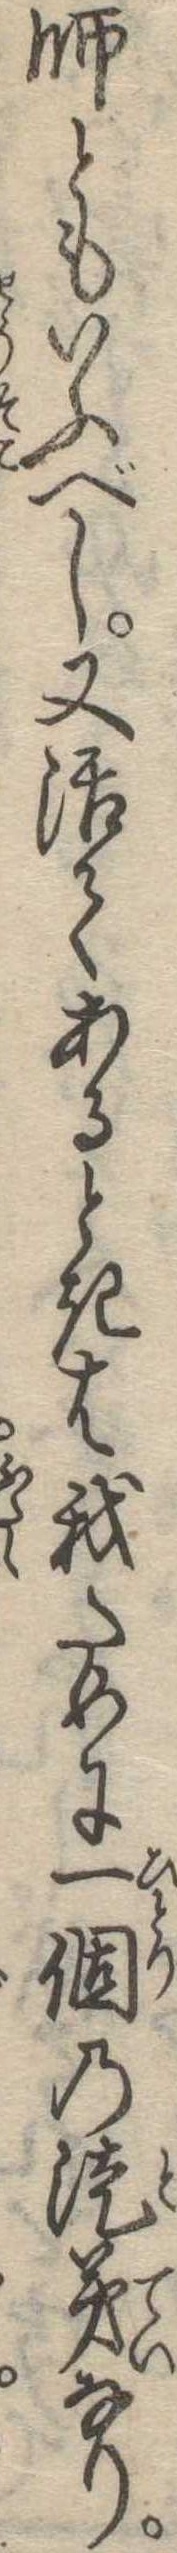
師ともいふべし又活てあるときは我ために一個の徒弟なり